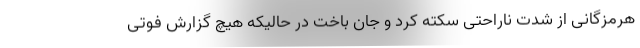
هرمزگانی از شدت ناراحتی سکته کرد و جان باخت در حالیکه هیچ گزارش فوتی